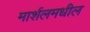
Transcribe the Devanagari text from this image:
मार्शलमधील